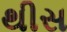
થીસ